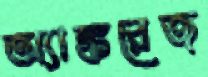
অ্যাঙ্করেজ